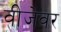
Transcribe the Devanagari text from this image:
वीजेवर